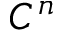
C ^ { n }